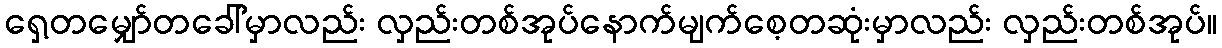
ရှေ့တမျှော်တခေါ်မှာလည်း လှည်းတစ်အုပ်နောက်မျက်စေ့တဆုံးမှာလည်း လှည်းတစ်အုပ်။